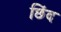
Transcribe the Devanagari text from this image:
छिंद